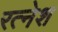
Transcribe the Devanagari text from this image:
रत्नेश